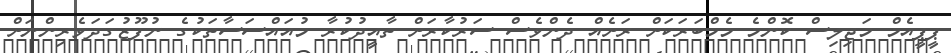
ޕީޕީއެމް މަޖިލިސް ކޮންމެ މެމްބަރަކަށް ރަށެއް ދެންވެސް ސަރުކާރަށް ތާއީދުކުރާ މުއައްސަސާތަކުގެ ނުފޫޒުގަދަވެރިންނަށް